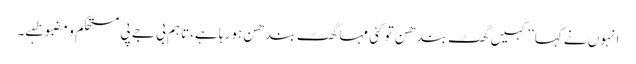
انہوں نے کہا’’کہیں گھٹ بندھن تو کئی مہا گھٹ بندھن ہو رہا ہے،تاہم بی جے پی مستحکم و مضبوطہے۔